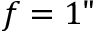
f = 1 "